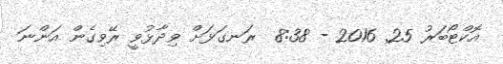
އޮކްޓޯބަރު 25